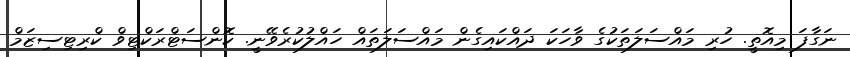
ނަގާފަ މިއޮތީ. ހުރި މައްސަލަތަކުގެ ވާހަކަ ދައްކައިގެން މައްސަލަތައް ހައްލުކުރެވޭނީ. ކޮންސަޓްރަކްޓިވް ކްރިޓިސިޒަމް